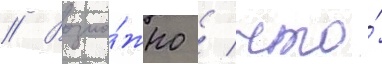
// Возмо́жно / что́